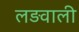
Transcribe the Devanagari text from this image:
लड़वाली